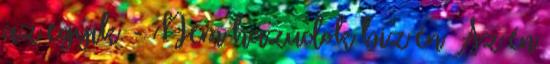
az egyik. - Nem hazudok biz én Az én